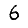
Digit: 6